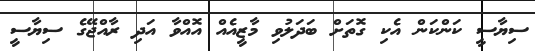
ސިޔާސީ ކަންކަން އެކި ގޮތަށް ބަދަލުވި މާޒީއެއް އޮއްވާ އަދި ރާއްޖޭގެ ސިޔާސީ